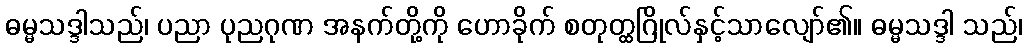
ဓမ္မသဒ္ဒါသည်၊ ပညာ ပုညဂုဏ အနက်တို့ကို ဟောခိုက် စတုတ္ထဂြိုလ်နှင့်သာလျော်၏။ ဓမ္မသဒ္ဒါ သည်၊